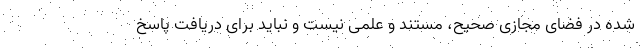
شده در فضای مجازی صحیح، مستند و علمی نیست و نباید برای دریافت پاسخ